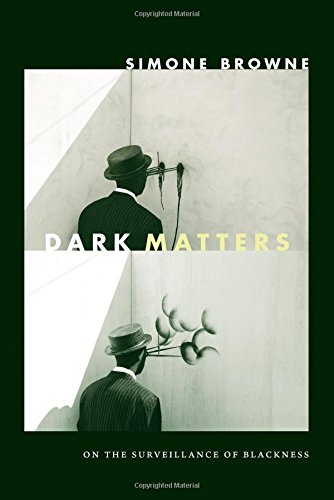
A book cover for Dark Matters: On the Surveillance of Blackness; Simone Browne; Biographies & Memoirs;